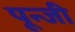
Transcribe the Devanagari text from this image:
पून्जी